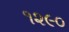
૧૨૯૦